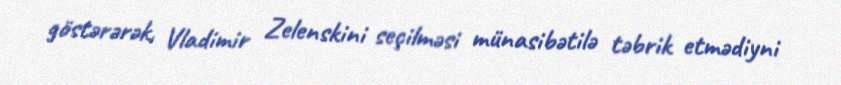
göstərərək, Vladimir Zelenskini seçilməsi münasibətilə təbrik etmədiyni